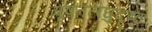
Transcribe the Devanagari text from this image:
पृषतलघुदृष्टः